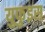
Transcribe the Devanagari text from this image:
युफुइस